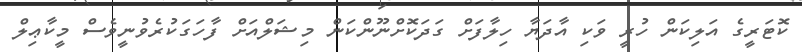
ކޮޓަރީގެ އަލިކަން ހުރީ ވަކި އާދަޔާ ހިލާފަށް ގަދަކޮށްނޫންކަން މިޝަލްއަށް ފާހަގަކުރެވުނީވެސް މީކާޢިލް